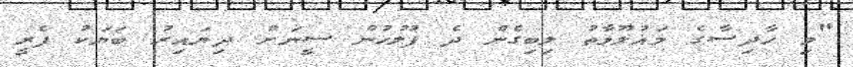
"މި ހާދިސާގެ މައުލޫމާތު ލިބިގެން ދެ ފުލުހުން ސީނަށް ދިޔައިރު ބަޔަކު ފެރީ